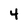
Character: 4